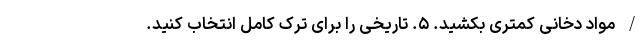
/ مواد دخانی کمتری بکشید. ۵. تاریخی را برای ترک کامل انتخاب کنید.